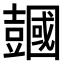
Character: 𧰒